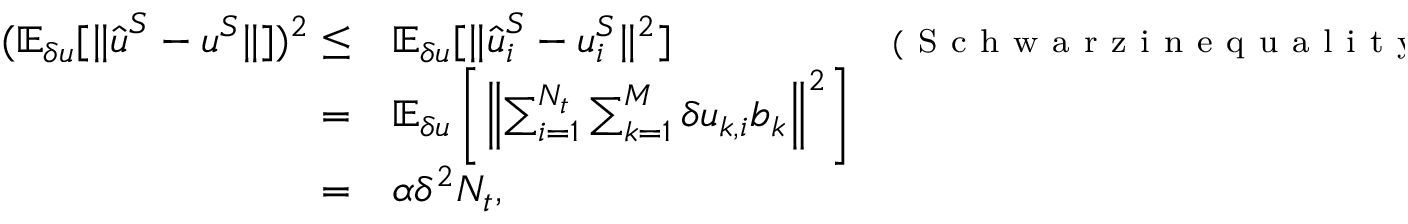
\begin{array} { r l r } { ( \mathbb { E } _ { \delta u } [ \| \hat { \boldsymbol { u } } ^ { S } - \boldsymbol { u } ^ { S } \| ] ) ^ { 2 } \le } & { { } \mathbb { E } _ { \delta u } [ \| \hat { \boldsymbol { u } } _ { i } ^ { S } - \boldsymbol { u } _ { i } ^ { S } \| ^ { 2 } ] } & { { \scriptstyle ( \mathrm { ~ S ~ c ~ h ~ w ~ a ~ r ~ z ~ i ~ n ~ e ~ q ~ u ~ a ~ l ~ i ~ t ~ y ~ } ) } } \\ { = } & { { } \mathbb { E } _ { \delta u } \left[ \left\| \sum _ { i = 1 } ^ { N _ { t } } \sum _ { k = 1 } ^ { M } \delta u _ { k , i } \boldsymbol { b } _ { k } \right\| ^ { 2 } \right] } & { } \\ { = } & { { } \alpha \delta ^ { 2 } N _ { t } , } \end{array}